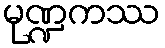
မုဏ္ဍကဿ